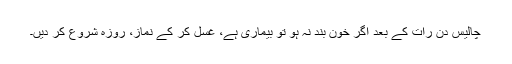
چالیس دن رات کے بعد اگر خون بند نہ ہو تو بیماری ہے، غسل کر کے نَماز، روزہ شروع کر دیں۔